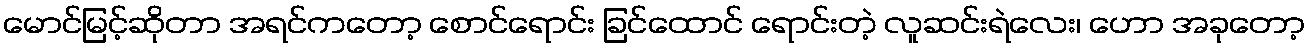
မောင်မြင့်ဆိုတာ အရင်ကတော့ စောင်ရောင်း ခြင်ထောင် ရောင်းတဲ့ လူဆင်းရဲလေး၊ ဟော အခုတော့